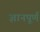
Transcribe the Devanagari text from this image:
ज्ञानपूर्ण